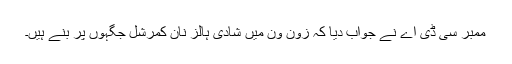
ممبر سی ڈی اے نے جواب دیا کہ زون ون میں شادی ہالز نان کمرشل جگہوں پر بنے ہیں۔